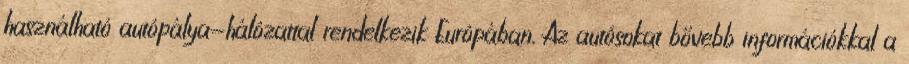
használható autópálya-hálózattal rendelkezik Európában. Az autósokat bővebb információkkal a